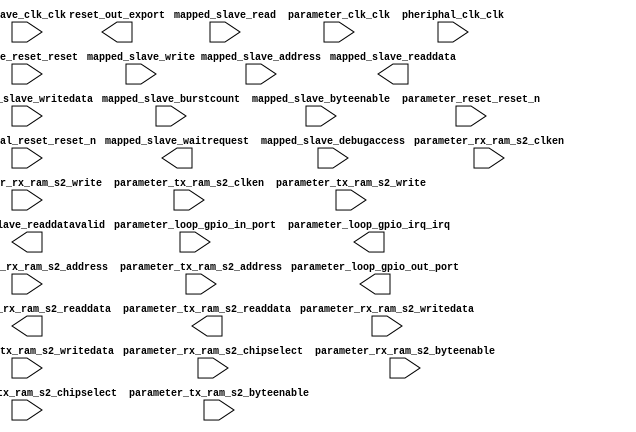

module Pararameter_Comms_SYS (
	mapped_slave_waitrequest,
	mapped_slave_readdata,
	mapped_slave_readdatavalid,
	mapped_slave_burstcount,
	mapped_slave_writedata,
	mapped_slave_address,
	mapped_slave_write,
	mapped_slave_read,
	mapped_slave_byteenable,
	mapped_slave_debugaccess,
	parameter_clk_clk,
	parameter_loop_gpio_in_port,
	parameter_loop_gpio_out_port,
	parameter_loop_gpio_irq_irq,
	parameter_reset_reset_n,
	parameter_rx_ram_s2_address,
	parameter_rx_ram_s2_chipselect,
	parameter_rx_ram_s2_clken,
	parameter_rx_ram_s2_write,
	parameter_rx_ram_s2_readdata,
	parameter_rx_ram_s2_writedata,
	parameter_rx_ram_s2_byteenable,
	parameter_tx_ram_s2_address,
	parameter_tx_ram_s2_chipselect,
	parameter_tx_ram_s2_clken,
	parameter_tx_ram_s2_write,
	parameter_tx_ram_s2_readdata,
	parameter_tx_ram_s2_writedata,
	parameter_tx_ram_s2_byteenable,
	pheriphal_clk_clk,
	pheriphal_reset_reset_n,
	reset_out_export,
	slave_clk_clk,
	slave_reset_reset);	

	output		mapped_slave_waitrequest;
	output	[31:0]	mapped_slave_readdata;
	output		mapped_slave_readdatavalid;
	input	[0:0]	mapped_slave_burstcount;
	input	[31:0]	mapped_slave_writedata;
	input	[14:0]	mapped_slave_address;
	input		mapped_slave_write;
	input		mapped_slave_read;
	input	[3:0]	mapped_slave_byteenable;
	input		mapped_slave_debugaccess;
	input		parameter_clk_clk;
	input		parameter_loop_gpio_in_port;
	output		parameter_loop_gpio_out_port;
	output		parameter_loop_gpio_irq_irq;
	input		parameter_reset_reset_n;
	input	[10:0]	parameter_rx_ram_s2_address;
	input		parameter_rx_ram_s2_chipselect;
	input		parameter_rx_ram_s2_clken;
	input		parameter_rx_ram_s2_write;
	output	[31:0]	parameter_rx_ram_s2_readdata;
	input	[31:0]	parameter_rx_ram_s2_writedata;
	input	[3:0]	parameter_rx_ram_s2_byteenable;
	input	[10:0]	parameter_tx_ram_s2_address;
	input		parameter_tx_ram_s2_chipselect;
	input		parameter_tx_ram_s2_clken;
	input		parameter_tx_ram_s2_write;
	output	[31:0]	parameter_tx_ram_s2_readdata;
	input	[31:0]	parameter_tx_ram_s2_writedata;
	input	[3:0]	parameter_tx_ram_s2_byteenable;
	input		pheriphal_clk_clk;
	input		pheriphal_reset_reset_n;
	output		reset_out_export;
	input		slave_clk_clk;
	input		slave_reset_reset;
endmodule